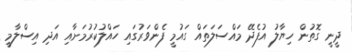
ދީނީ ގޮތުން ހިޔާލު އުފެދޭ މައްސަލަތައް ގައުމީ ފެންވަރުގައި ހައްލުކުރުމަށާއި އަދި އިސްލާމީ